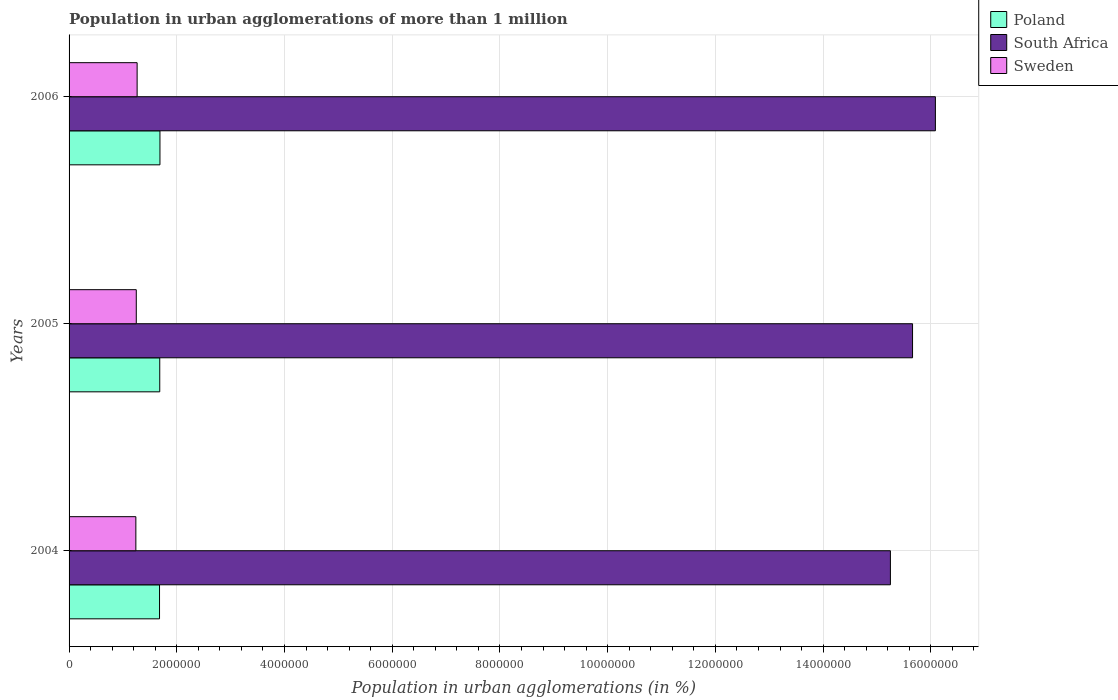
| Years | Poland | South Africa | Sweden |
 | --- | --- | --- | --- |
 | 2004 | 1.68e+06 | 1.52e+07 | 1.24e+06 |
 | 2005 | 1.68e+06 | 1.57e+07 | 1.25e+06 |
 | 2006 | 1.69e+06 | 1.61e+07 | 1.26e+06 |